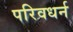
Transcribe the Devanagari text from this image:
परिवधर्न